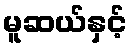
မူဆယ်နှင့်